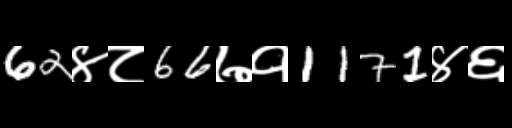
Text: 62४८66७१1171४६